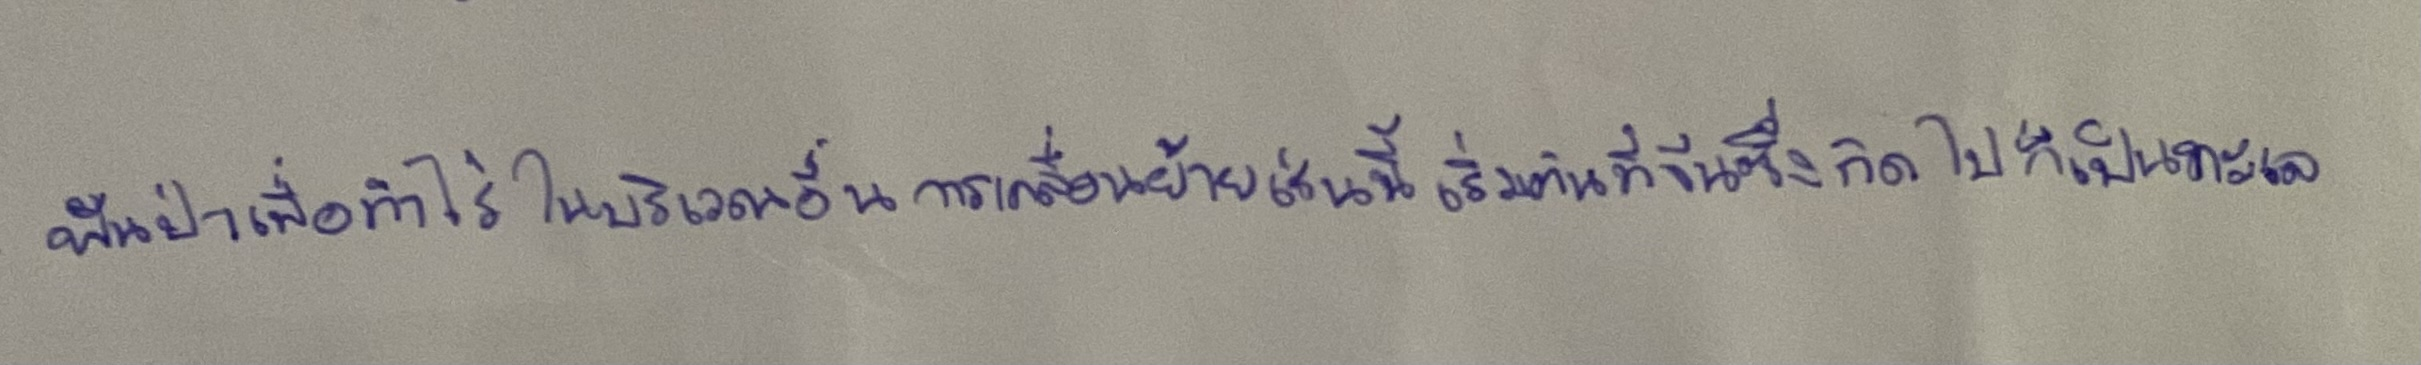
ฟันป่าเพื่อทำไร่ในบริเวณอื่นการเคลื่อนย้ายเช่นนี้เริ่มต้นที่จีนซึ่งถัดไปก็เป็นทะเล